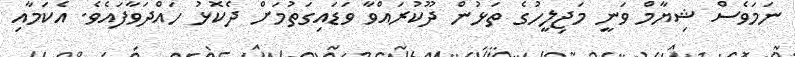
ނަމަވެސް ޝިޔާމް ވަނީ މަޖިލީހުގެ ތަޅުން ދޫކުރައްވާ ވަޑައިގަތުމަށް ދެކޮޅު ހައްދަވާފައެވެ. އެކަމާއި